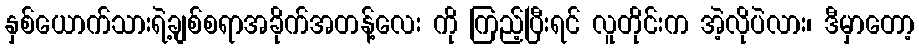
နှစ်ယောက်သားရဲ့ချစ်စရာအခိုက်အတန့်လေး ကို ကြည့်ပြီးရင် လူတိုင်းက အဲ့လိုပဲလား၊ ဒီမှာတော့